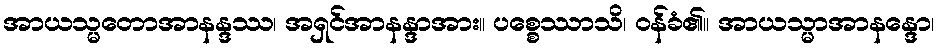
အာယသ္မတောအာနန္ဒဿ၊ အရှင်အာနန္ဒာအား။ ပစ္စေဿာသိ၊ ဝန်ခံ၏။ အာယသ္မာအာနန္ဒော၊